Indian journal of veterinary science and animal husbandry - Volume 7,
Year: 1937
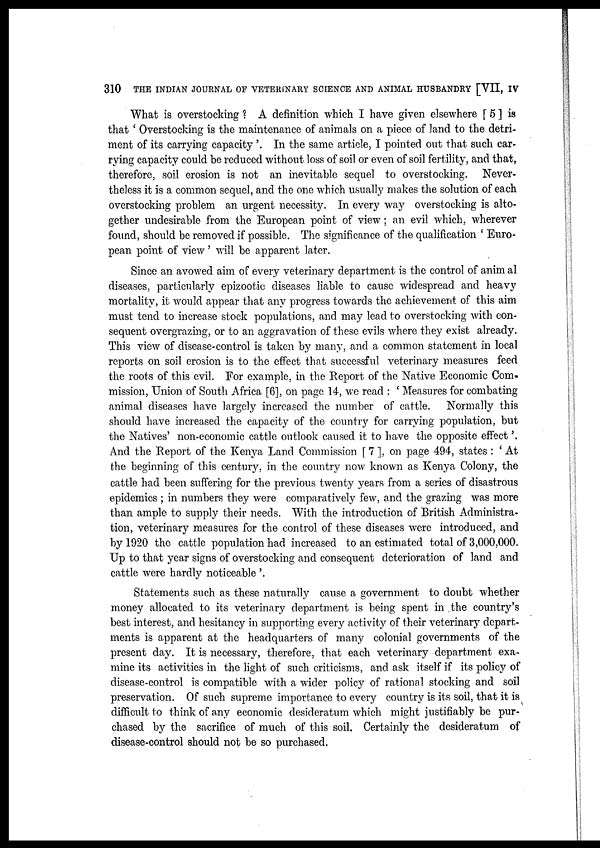
310 THE INDIAN JOURNAL OF VETERINARY SCIENCE AND ANIMAL HUSBANDRY [VII, IV
What is overstocking ? A definition which I have given elsewhere [ 5 ] is
that ' Overstocking is the maintenance of animals on a piece of land to the detri-
ment of its carrying capacity '. In the same article, I pointed out that such car-
rying capacity could be reduced without loss of soil or even of soil fertility, and that,
therefore, soil erosion is not an inevitable sequel to overstocking. Never-
theless it is a common sequel, and the one which usually makes the solution of each
overstocking problem an urgent necessity. In every way overstocking is alto-
gether undesirable from the European point of view; an evil which, wherever
found, should be removed if possible. The significance of the qualification ' Euro-
pean point of view' will be apparent later.
Since an avowed aim of every veterinary department is the control of animal
diseases, particularly epizootic diseases liable to cause widespread and heavy
mortality, it would appear that any progress towards the achievement of this aim
must tend to increase stock populations, and may lead to overstocking with con-
sequent overgrazing, or to an aggravation of these evils where they exist already.
This view of disease-control is taken by many, and a common statement in local
reports on soil erosion is to the effect that successful veterinary measures feed
the roots of this evil. For example, in the Report of the Native Economic Com-
mission, Union of South Africa [6], on page 14, we read : ' Measures for combating
animal diseases have largely increased the number of cattle. Normally this
should have increased the capacity of the country for carrying population, but
the Natives' non-economic cattle outlook caused it to have the opposite effect'.
And the Report of the Kenya Land Commission [ 7 ], on page 494, states : ' At
the beginning of this century, in the country now known as Kenya Colony, the
cattle had been suffering for the previous twenty years from a series of disastrous
epidemics ; in numbers they were comparatively few, and the grazing was more
than ample to supply their needs. With the introduction of British Administra-
tion, veterinary measures for the control of these diseases were introduced, and
by 1920 the cattle population had increased to an estimated total of 3,000,000.
Up to that year signs of overstocking and consequent deterioration of land and
cattle were hardly noticeable '.
Statements such as these naturally cause a government to doubt whether
money allocated to its veterinary department is being spent in the country's
best interest, and hesitancy in supporting every activity of their veterinary depart-
ments is apparent at the headquarters of many colonial governments of the
present day. It is necessary, therefore, that each veterinary department exa-
mine its activities in the light of such criticisms, and ask itself if its policy of
disease-control is compatible with a wider policy of rational stocking and soil
preservation. Of such supreme importance to every country is its soil, that it is
difficult to think of any economic desideratum which might justifiably be pur-
chased by the sacrifice of much of this soil. Certainly the desideratum of
disease-control should not be so purchased.